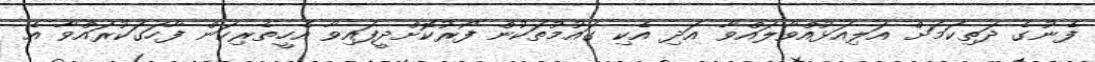
ފެނުގެ ދަތިކަމަށް އަލިއަޅުއްވާލައްވާ އަދި އެކި ގައުމުތަކުން ފޯރުކޮށްދީފައިވާ އެހީތެރިކަން ފާހަގަކުރައްވާ އެ